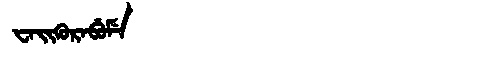
Manchu: ᠸᠠᡳᡴᡠᡵᠠᠪᡠᠮᡝ
Romanization: WAIKURABUME